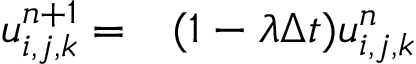
\begin{array} { r l } { u _ { i , j , k } ^ { n + 1 } = } & { { } ( 1 - \lambda \Delta t ) u _ { i , j , k } ^ { n } } \end{array}